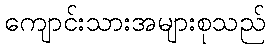
ကျောင်းသားအများစုသည်